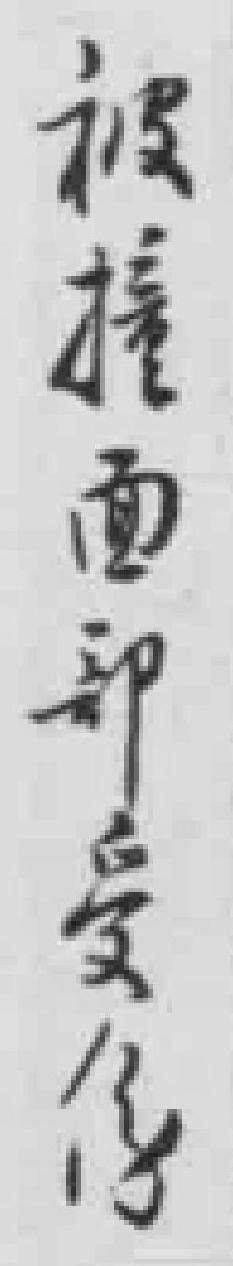
被撞面部受傷